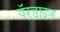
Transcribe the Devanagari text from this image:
पॅरडाइज